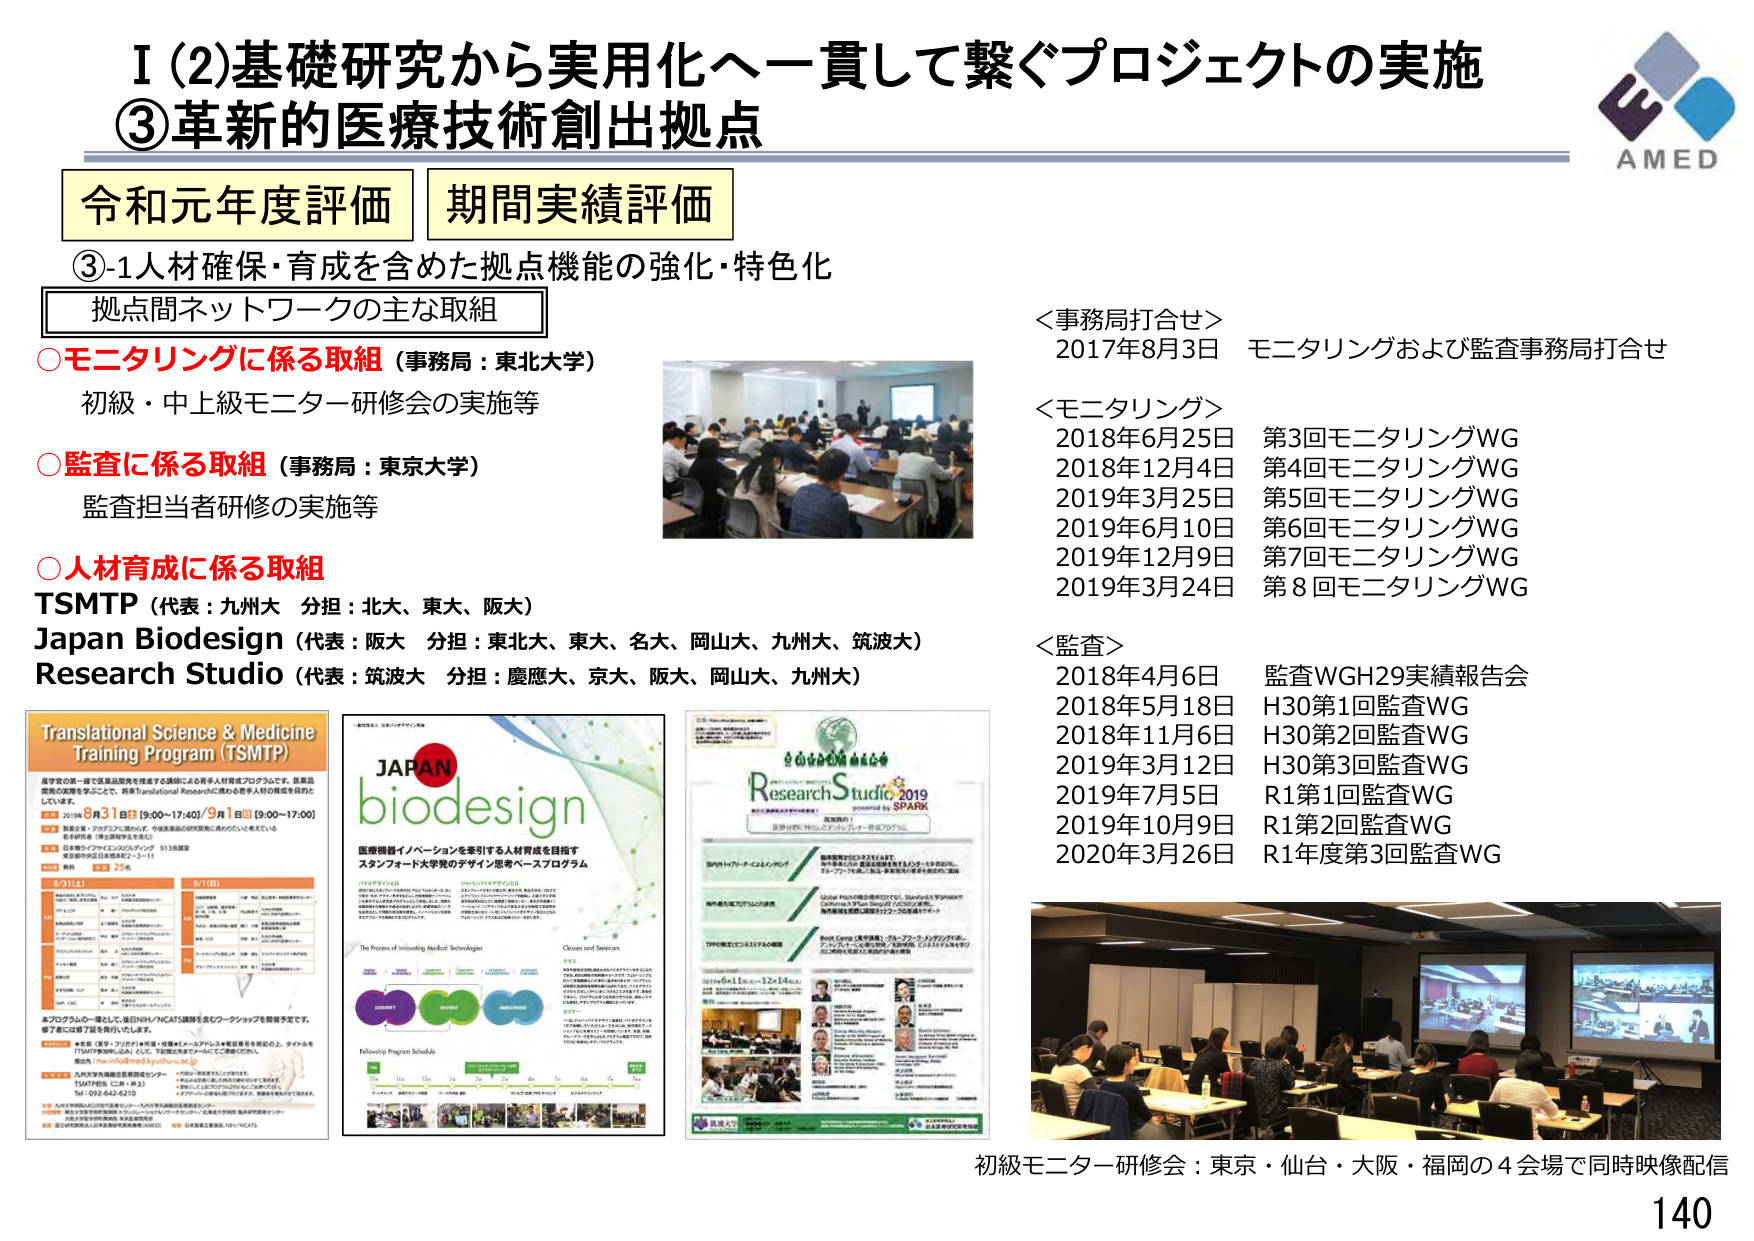
I (2)基礎研究から実用化へ一貫して繋ぐプロジェクトの実施
③革新的医療技術創出拠点

令和元年度評価 期間実績評価

③-1人材確保・育成を含めた拠点機能の強化・特色化

拠点間ネットワークの主な取組

○モニタリングに係る取組（事務局：東北大学）
初級・中上級モニター研修会の実施等

○監査に係る取組（事務局：東京大学）
監査担当者研修の実施等

○人材育成に係る取組
TSMT P（代表：九州大 分担：北大、東大、阪大）
Japan Biodesign（代表：阪大 分担：東北大、東大、名大、岡山大、九州大、筑波大）
Research Studio（代表：筑波大 分担：慶應大、京大、阪大、岡山大、九州大）

＜事務局打合せ＞
2017年8月3日 モニタリングおよび監査事務局打合せ

＜モニタリング＞
2018年6月25日 第3回モニタリングWG
2018年12月4日 第4回モニタリングWG
2019年3月25日 第5回モニタリングWG
2019年6月10日 第6回モニタリングWG
2019年12月9日 第7回モニタリングWG
2019年3月24日 第8回モニタリングWG

＜監査＞
2018年4月6日 監査WGH29実績報告会
2018年5月18日 H30第1回監査WG
2018年11月6日 H30第2回監査WG
2019年3月12日 H30第3回監査WG
2019年7月5日 R1第1回監査WG
2019年10月9日 R1第2回監査WG
2020年3月26日 R1年度第3回監査WG

Translational Science & Medicine Training Program (TSMT P)
医学研究の第一線で医薬品開発を推進する国際に人を育てる人材育成プログラムです。医薬品開発の実態を学ぶことで、将来Translational Researchに携わる多くの人材の育成を目的としています。
日程 2019年8月31日（土）9:00～17:40／9月1日（日）9:00～17:00
会場 東京大学医学部附属病院（東京都文京区本郷7-3-1）
定員 25名
※本プログラムの一部として、東京大学NACAT講師を含むワークショップを併催予定です。
※詳細は後日お知らせいたします。

JAPAN
biodesign
医療機器イノベーションを牽引する人材育成を目指す
スタンフォード大学発のデザイン思考ベースプログラム
The Process of Innovating Medical Technologies
Classes and Seminars
Following Program Schedule

Research Studio 2019
powered by SPARK
第1回研究スタジオ開催！
医療現場に根ざしたイノベーションの創出

初級モニター研修会：東京・仙台・大阪・福岡の4会場で同時映像配信

AMED
140